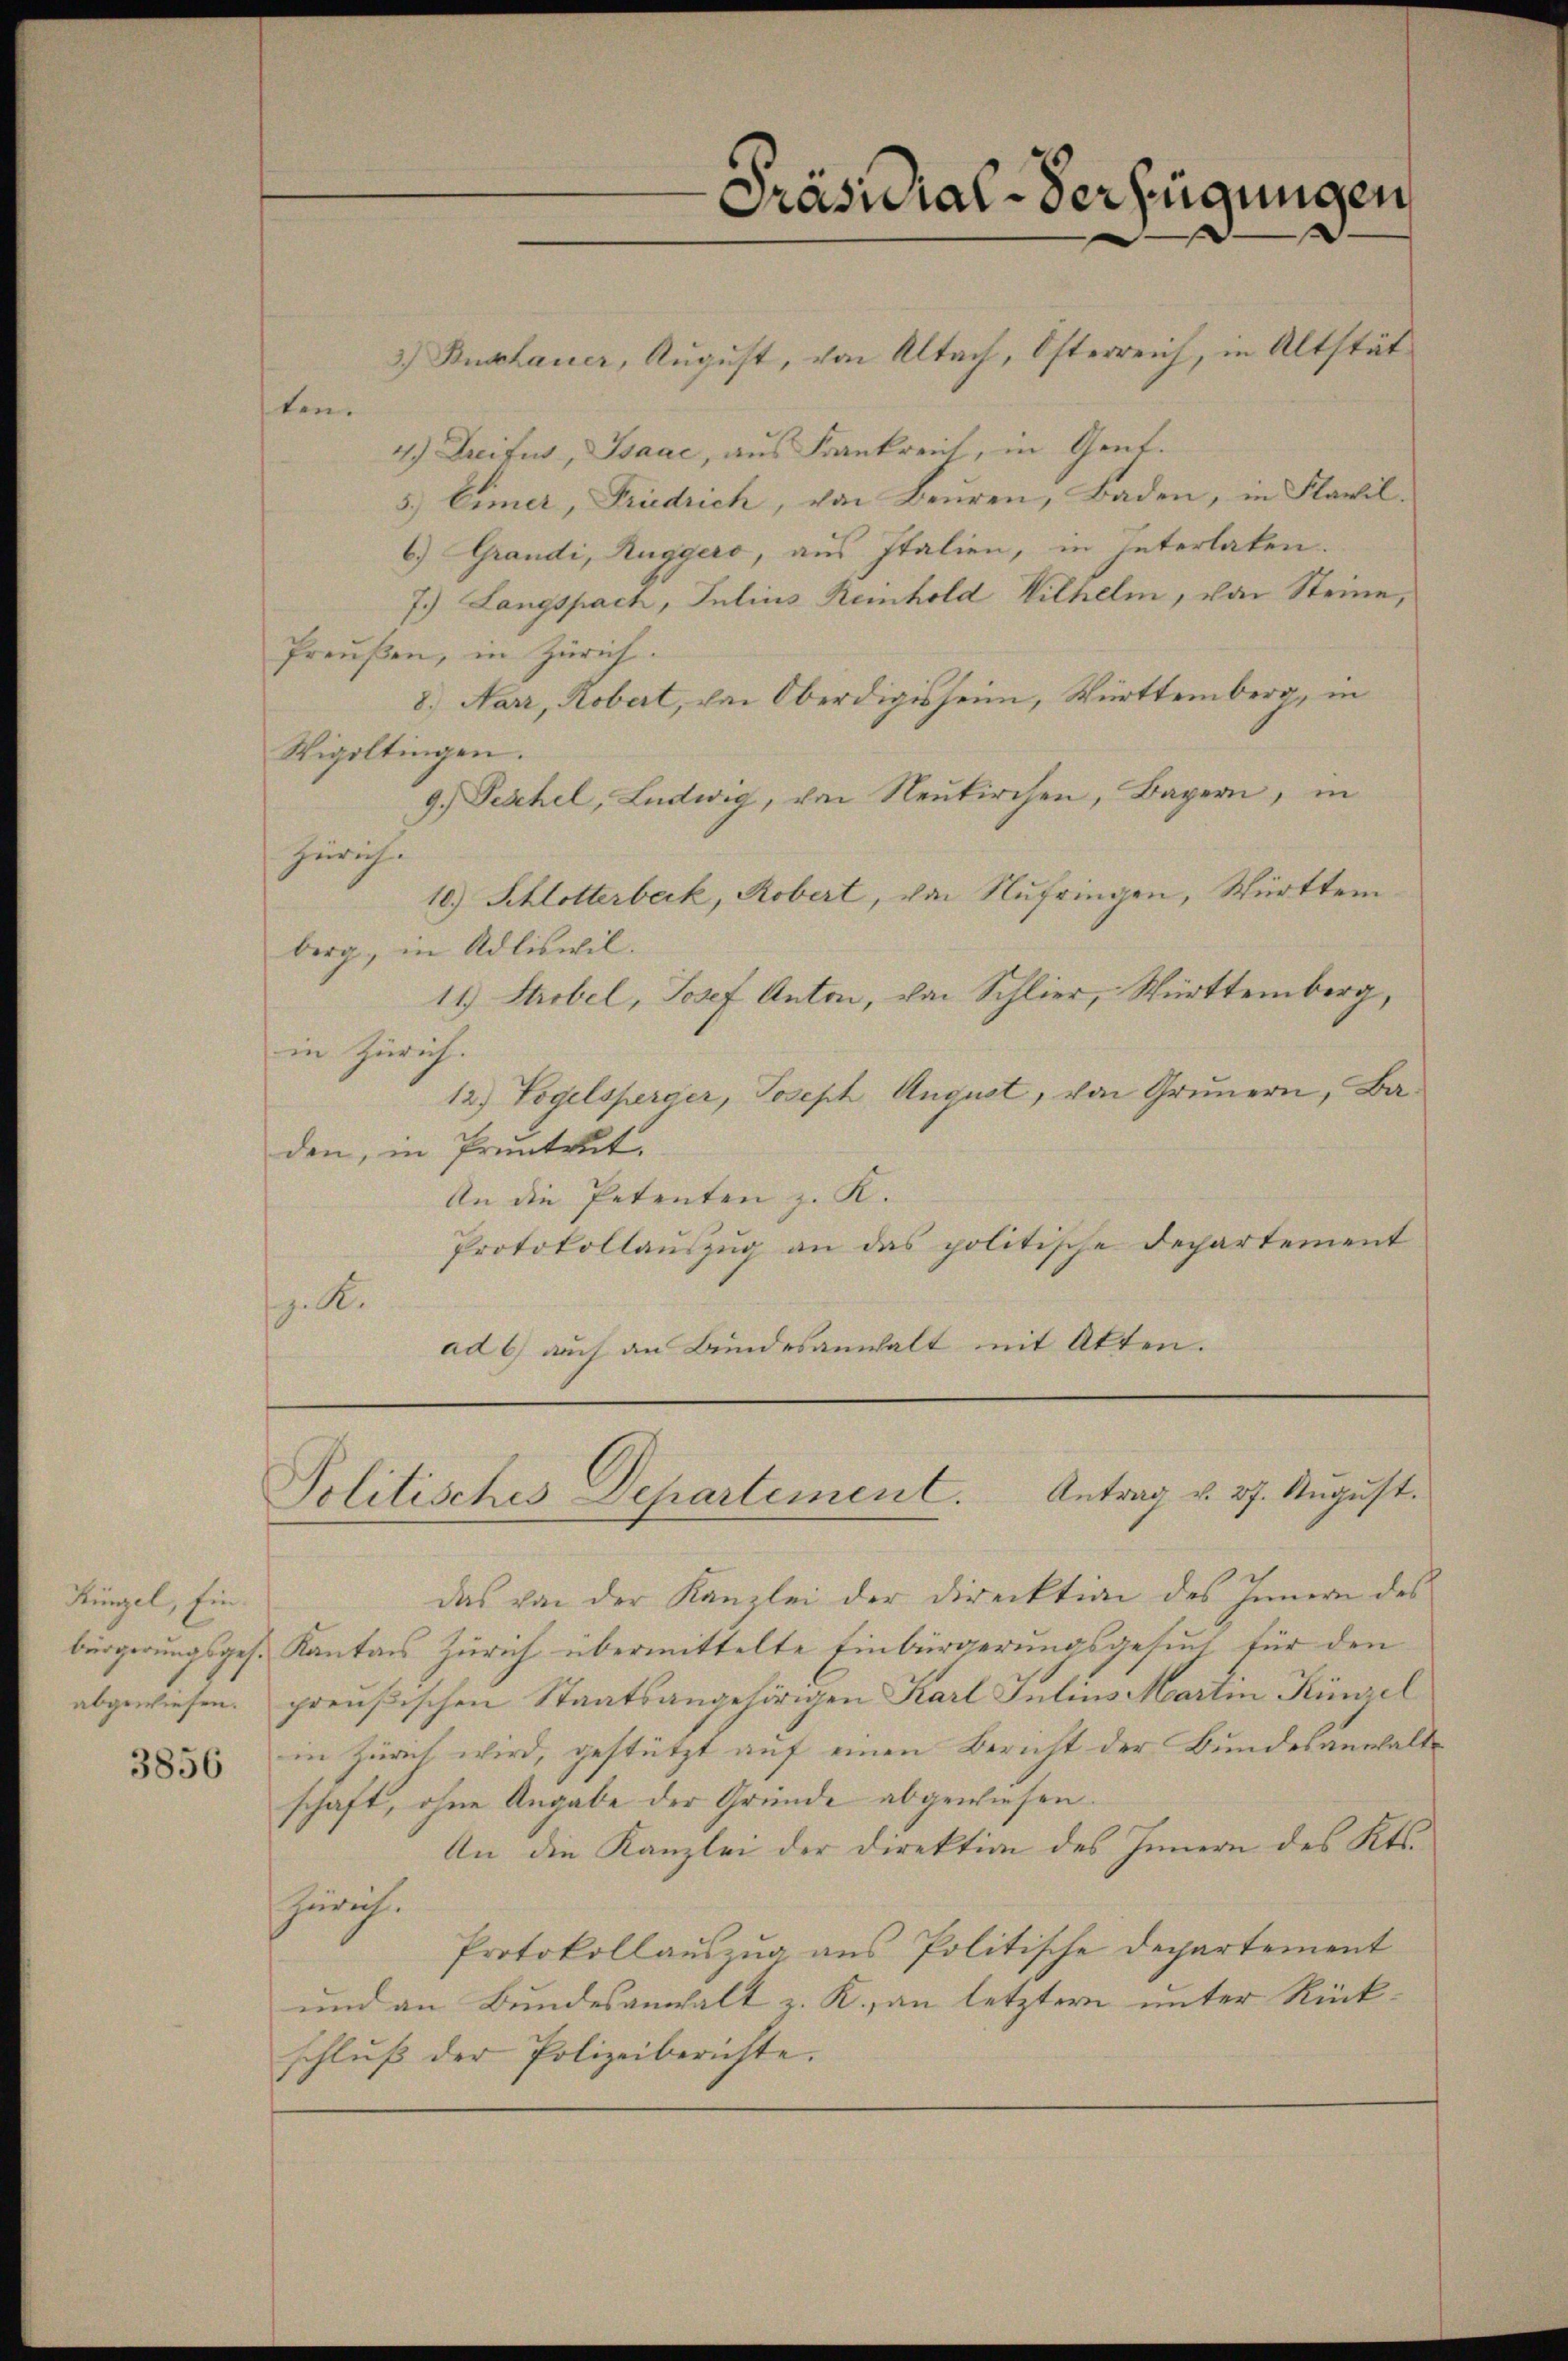
Künel, Ein¬

3856

3.) Buchauer, August, von Altach, Osterreich, in Altstätten.
4.) Dreifus, Isaac, aus Frankreich, in Gent.
5.) Eimer, Friedrich, von Beuren, Baden, in Flawil.
6) Grandi, Ruggers, aus Italien, in Interlaken.
7.) Langspach, Julius Reinhold Wilhelm, von Steine,
Preußen, in Zürich.
8.) Narr, Robert, im Oberdigissein, Württemberg, in
Vigiltingen.
9.) Peschel, Ludwig, von Neukirchen, Bayern, in
Zürich.
10.) Schlotterbeck, Robert, von Nufringen, Württem.
berg, in Adliswil.
11.) Strobel, Josef Anton, von Schlier, Württemberg,
in Zürich.
12.) Vogelsperger, Joseph August, von Grunern, Baden, in Pruntrut.
An die Petenten z. K.
Protokollauszug an das politische Departement
z. R.
ad 6 auch an Bundesanwalt mit Akten.

Präsidial-Verfügungen

Politisches Departement. Antrag v. 27. August.

das von der Kanzlei der Direktion des Innern des
bürgerungsges. Kantons Zürich übermittelte Einbürgerungsgesuch für den
abgewiesen. preußischen Staatsangehörigen Karl Julius Martin Künzel
in Zürich wird, gestützt auf einen Bericht der Bundesanwaltschaft, ohne Angabe der Gründe abgewiesen.
An die Kanzlei der Direktion des Innern des Kts.
Zürich.
Protokollauszug aus Politische Departement
und an Bundesanwalt z. R., an letztern unter Rückschluß der Polizeiberichte.